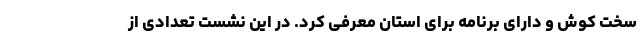
سخت کوش و دارای برنامه برای استان معرفی کرد. در این نشست تعدادی از